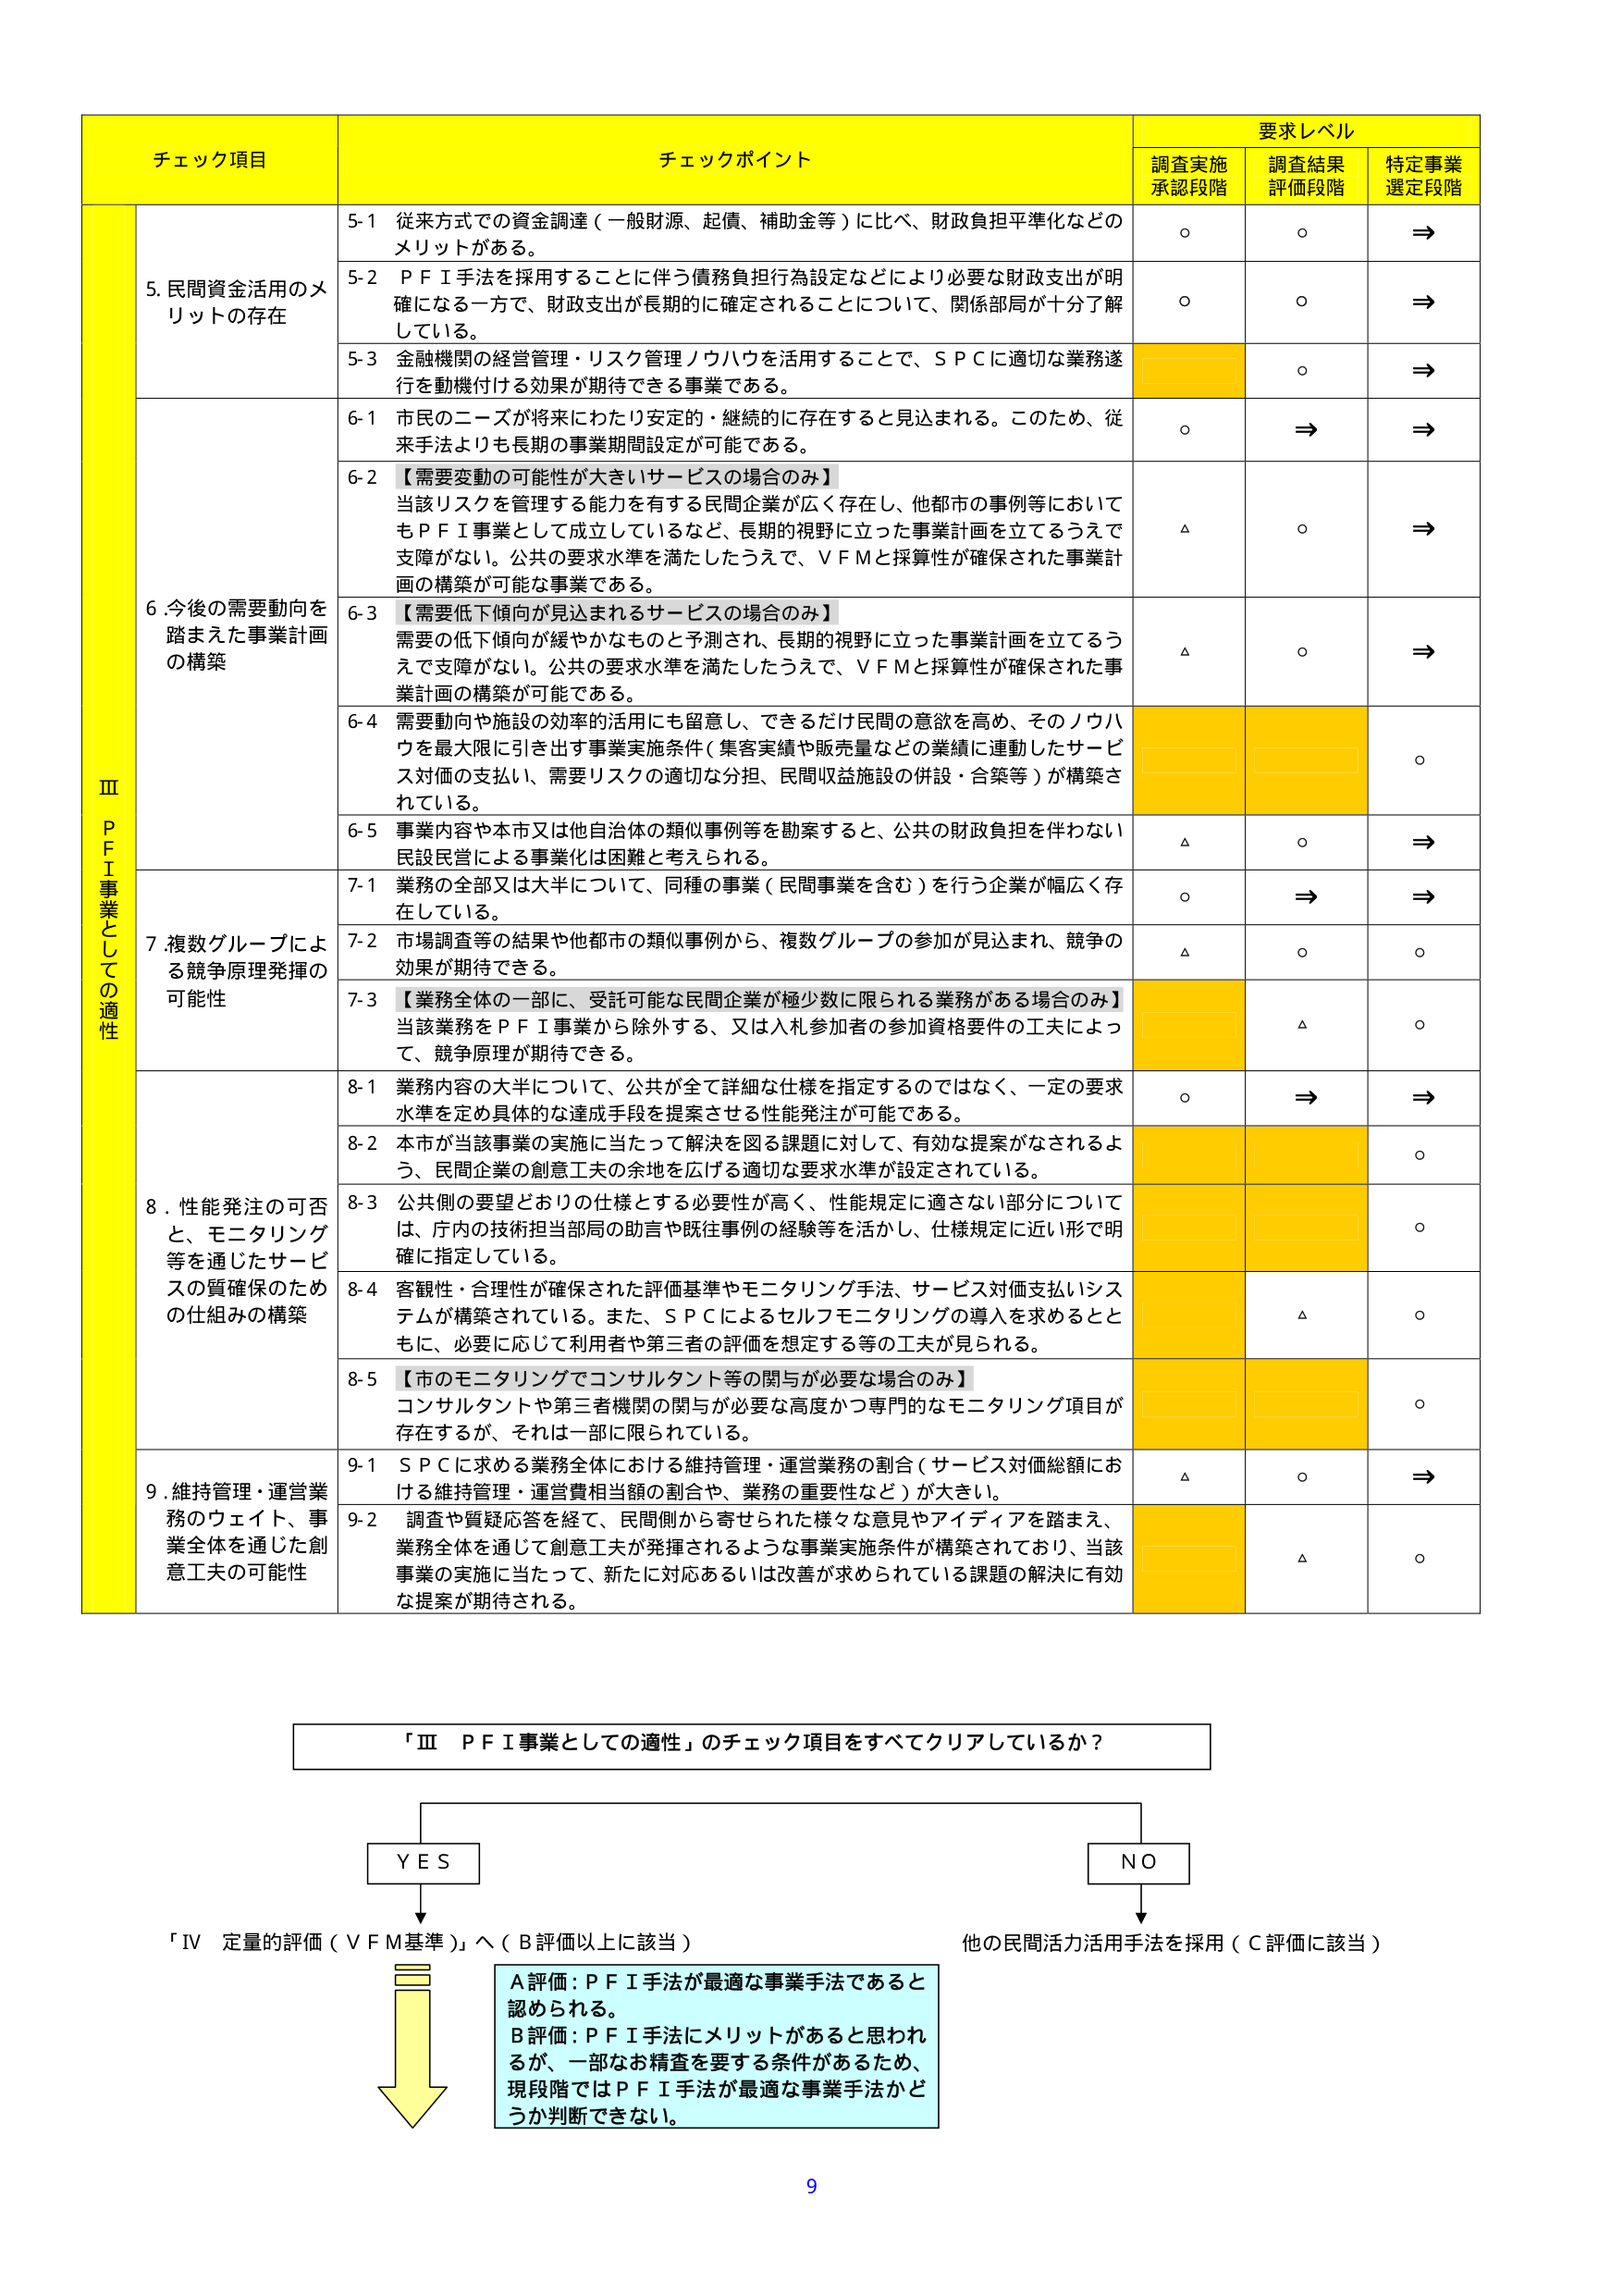
チェック項目 チェックポイント 要求レベル 調査実施承認段階 調査結果評価段階 特定事業選定段階 Ⅲ PFI事業としての適性 5.民間資金活用のメリットの存在 5-1 従来方式での資金調達（一般財源、起債、補助金等）に比べ、財政負担平準化などのメリットがある。 ○ ○ ⇒ 5-2 PFI手法を採用することに伴う債務負担行為設定などにより必要な財政支出が明確になる一方で、財政支出が長期的に確定されることについて、関係部局が十分了解している。 ○ ○ ⇒ 5-3 金融機関の経営管理・リスク管理ノウハウを活用することで、SPCに適切な業務遂行を動機付ける効果が期待できる事業である。 △ ○ ⇒ 6.今後の需要動向を踏まえた事業計画の構築 6-1 市民のニーズが将来にわたり安定的・継続的に存在すると見込まれる。このため、従来手法よりも長期の事業期間設定が可能である。 ○ ⇒ ⇒ 6-2 【需要変動の可能性が大きいサービスの場合のみ】 当該リスクを管理する能力を有する民間企業が広く存在し、他都市の事例等においてもPFI事業として成立しているなど、長期的視野に立った事業計画を立てるうえで支障がない。公共の要求水準を満たしたうえで、VFMと採算性が確保された事業計画の構築が可能な事業である。 △ ○ ⇒ 6-3 【需要低下傾向が見込まれるサービスの場合のみ】 需要の低下傾向が緩やかなものと予測され、長期的視野に立った事業計画を立てるうえで支障がない。公共の要求水準を満たしたうえで、VFMと採算性が確保された事業計画の構築が可能である。 △ ○ ⇒ 6-4 需要動向や施設の効率的活用にも留意し、できるだけ民間の意欲を高め、そのノウハウを最大限に引き出す事業実施条件（集客実績や販売量などの業績に連動したサービス対価の支払い、需要リスクの適切な分担、民間収益施設の併設・合築等）が構築されている。 △ ○ 6-5 事業内容や本市又は他自治体の類似事例等を勘案すると、公共の財政負担を伴わない民設民営による事業化は困難と考えられる。 △ ○ ⇒ 7.複数グループによる競争原理発揮の可能性 7-1 業務の全部又は大半について、同種の事業（民間事業を含む）を行う企業が幅広く存在している。 ○ ⇒ ⇒ 7-2 市場調査等の結果や他都市の類似事例から、複数グループの参加が見込まれ、競争の効果が期待できる。 △ ○ ○ 7-3 【業務全体の一部に、受託可能な民間企業が極少数に限られる業務がある場合のみ】 当該業務をPFI事業から除外する、又は入札参加者の参加資格要件の工夫によって、競争原理が期待できる。 △ ○ 8.性能発注の可否と、モニタリング等を通じたサービスの質確保のための仕組みの構築 8-1 業務内容の大半について、公共が全て詳細な仕様を指定するのではなく、一定の要求水準を定め具体的な達成手段を提案させる性能発注が可能である。 ○ ⇒ ⇒ 8-2 本市が当該事業の実施に当たって解決を図る課題に対して、有効な提案がなされるよう、民間企業の創意工夫の余地を広げる適切な要求水準が設定されている。 △ ○ 8-3 公共側の要望どおりの仕様とする必要性が高く、性能規定に適さない部分については、庁内の技術担当部局の助言や既往事例の経験等を活かし、仕様規定に近い形で明確に指定している。 △ ○ 8-4 客観性・合理性が確保された評価基準やモニタリング手法、サービス対価支払いシステムが構築されている。また、SPCによるセルフモニタリングの導入を求めるとともに、必要に応じて利用者や第三者の評価を想定する等の工夫が見られる。 △ ○ 8-5 【市のモニタリングでコンサルタント等の関与が必要な場合のみ】 コンサルタントや第三者機関の関与が必要な高度かつ専門的なモニタリング項目が存在するが、それは一部に限られている。 △ ○ 9.維持管理・運営業務のウェイト、事業全体を通じた創意工夫の可能性 9-1 SPCに求める業務全体における維持管理・運営業務の割合（サービス対価総額における維持管理・運営費相当額の割合や、業務の重要性など）が大きい。 △ ○ ⇒ 9-2 調査や質疑応答を経て、民間側から寄せられた様々な意見やアイディアを踏まえ、業務全体を通じて創意工夫が発揮されるような事業実施条件が構築されており、当該事業の実施に当たって、新たに対応あるいは改善が求められている課題の解決に有効な提案が期待される。 △ ○ 「Ⅲ PFI事業としての適性」のチェック項目をすべてクリアしているか？ YES 「Ⅳ 定量的評価（VFM基準）」へ（B評価以上に該当） NO 他の民間活力活用手法を採用（C評価に該当） A評価：PFI手法が最適な事業手法であると認められる。 B評価：PFI手法にメリットがあると思われるが、一部なお精査を要する条件があるため、現段階ではPFI手法が最適な事業手法かどうか判断できない。 9